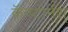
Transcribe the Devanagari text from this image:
कॅव्प्टार्नश्